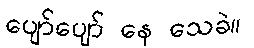
ပျော်ပျော် နေ သေခဲ။